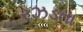
રઝડતા